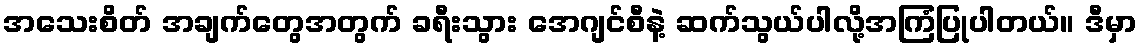
အသေးစိတ် အချက်တွေအတွက် ခရီးသွား အေဂျင်စီနဲ့ ဆက်သွယ်ပါလို့အကြံပြုပါတယ်။ ဒီမှာ